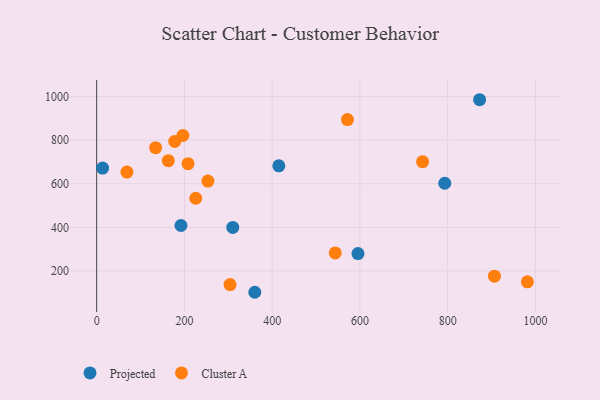
{"axis": {"x": "Experience", "y": "Salary"}, "legend": ["Cluster A", "Projected"], "data": [{"x": "310.2", "y": 399.5, "type": "Projected"}, {"x": "13.6", "y": 672.0, "type": "Projected"}, {"x": "595.5", "y": 279.8, "type": "Projected"}, {"x": "872.7", "y": 985.5, "type": "Projected"}, {"x": "360.4", "y": 102.2, "type": "Projected"}, {"x": "192.1", "y": 408.6, "type": "Projected"}, {"x": "793.3", "y": 602.4, "type": "Projected"}, {"x": "415.2", "y": 682.1, "type": "Projected"}, {"x": "196.4", "y": 821.5, "type": "Cluster A"}, {"x": "163.3", "y": 706.0, "type": "Cluster A"}, {"x": "981.6", "y": 150.1, "type": "Cluster A"}, {"x": "208.3", "y": 692.2, "type": "Cluster A"}, {"x": "178.0", "y": 794.1, "type": "Cluster A"}, {"x": "134.4", "y": 765.7, "type": "Cluster A"}, {"x": "906.6", "y": 176.1, "type": "Cluster A"}, {"x": "571.6", "y": 894.6, "type": "Cluster A"}, {"x": "304.0", "y": 137.6, "type": "Cluster A"}, {"x": "253.5", "y": 612.5, "type": "Cluster A"}, {"x": "69.0", "y": 653.6, "type": "Cluster A"}, {"x": "225.8", "y": 533.6, "type": "Cluster A"}, {"x": "742.8", "y": 701.4, "type": "Cluster A"}, {"x": "543.7", "y": 282.8, "type": "Cluster A"}]}